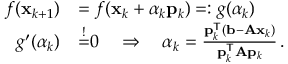
{ \begin{array} { r l } { f ( \mathbf { x } _ { k + 1 } ) } & { = f ( \mathbf { x } _ { k } + \alpha _ { k } \mathbf { p } _ { k } ) = : g ( \alpha _ { k } ) } \\ { g ^ { \prime } ( \alpha _ { k } ) } & { { \overset { ! } { = } } 0 \quad \Rightarrow \quad \alpha _ { k } = { \frac { \mathbf { p } _ { k } ^ { \mathsf { T } } ( \mathbf { b } - \mathbf { A x } _ { k } ) } { \mathbf { p } _ { k } ^ { \mathsf { T } } \mathbf { A } \mathbf { p } _ { k } } } \, . } \end{array} }